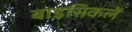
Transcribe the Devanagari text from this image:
बाइसिकलें